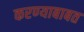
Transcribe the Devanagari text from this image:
करण्‍याबाबत